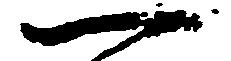
一